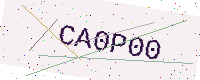
Text: CA0P00